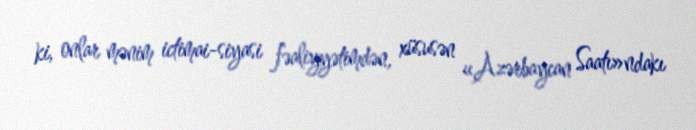
ki, onlar mənim ictimai-siyasi fəaliyyətimdən, xüsusən «Azərbaycan Saatı»ndakı